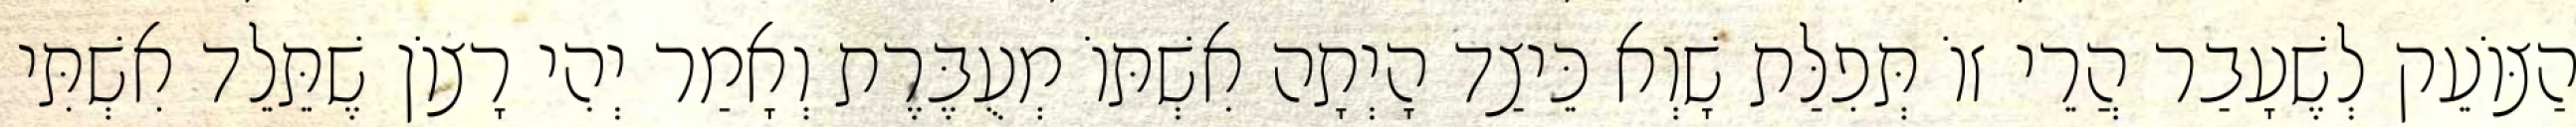
הַצּוֹעֵק לְשֶׁעָבַר הֲרֵי זוֹ תְּפִלַּת שָׁוְא כֵּיצַד הָיְתָה אִשְׁתּוֹ מְעֻבֶּרֶת וְאָמַר יְהִי רָצוֹן שֶׁתֵּלֵד אִשְׁתִּי